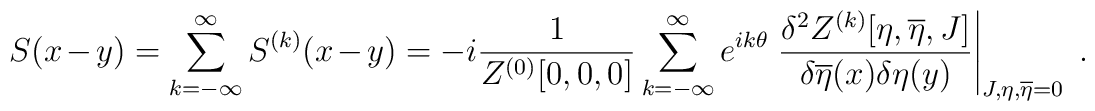
S(x-y)=\sum_{k=-\infty}^{\infty}S^{(k)}(x-y)=-i\frac{1}{Z^{(0)}[0,0,0]} \sum_{k=-\infty}^{\infty}e^{ik\theta}\left.\frac{\delta^2 Z^{(k)}[\eta,\overline{\eta},J]}{\delta\overline{\eta}(x)\delta\eta(y)}\right|_{J,\eta,\overline{\eta}=0}\; .